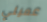
عميلي